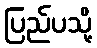
ပြည်ပသို့